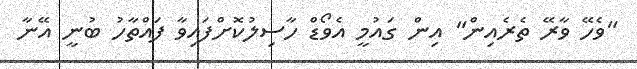
"ވެހޭ ވާރޭ ތެރެއިން" އިން ގައުމީ އެވޯޑް ހާސިލުކޮށްފައިވާ ފައްތާހު ބުނީ އޭނާ